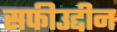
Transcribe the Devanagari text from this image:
सफीउद्दीन